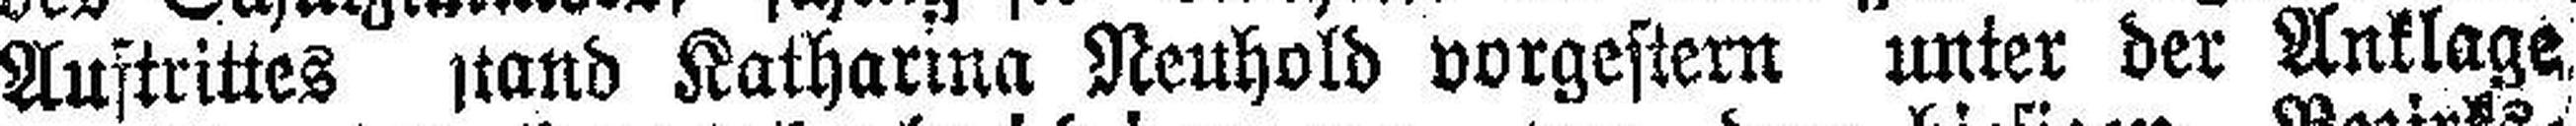
Auftrittes stand Katharina Neuhold vorgestern unter der Anklage